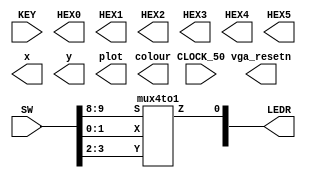
`timescale 1ns / 1ps
`default_nettype none

module main	(
	input wire CLOCK_50,            //On Board 50 MHz
	input wire [9:0] SW,            // On board Switches
	input wire [3:0] KEY,           // On board push buttons
	output wire [6:0] HEX0,         // HEX displays
	output wire [6:0] HEX1,
	output wire [6:0] HEX2,
	output wire [6:0] HEX3,
	output wire [6:0] HEX4,
	output wire [6:0] HEX5,
	output wire [9:0] LEDR,         // LEDs
	output wire [7:0] x,            // VGA pixel coordinates
	output wire [6:0] y,
	output wire [2:0] colour,       // VGA pixel colour (0-7)
	output wire plot,               // Pixel drawn when this is pulsed
	output wire vga_resetn      	// VGA resets to black when this is pulsed (NOT CURRENTLY AVAILABLE)
);
	mux4to1 u0(.X(SW[1:0]), .Y(SW[3:2]), .Z(LEDR[0]), .S(SW[9:8]));

endmodule

module mux2to1(a, b, Y, S);
	// Declaring inputs and outputs
	input a, b;
	input S;
	output Y;

	assign Y = (~S & a)|(S & b);

endmodule

module mux4to1 (input[1:0] X, Y, S, output Z);
	wire c1, c2;

	mux2to1 u1(.a(X[0]), .b(Y[0]), .Y(c1), .S(S[0]));
	mux2to1 u2(.a(X[1]), .b(Y[1]), .Y(c2), .S(S[0]));
	mux2to1 u3(.a(c1), .b(c2), .Y(Z), .S(S[1]));

endmodule